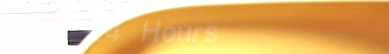
Open 24 Hours